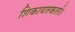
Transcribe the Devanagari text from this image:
शिकायतकर्ता।